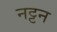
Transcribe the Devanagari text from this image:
नट्टन